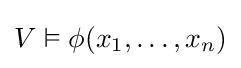
V\vDash \phi (x_{1},\ldots ,x_{n})